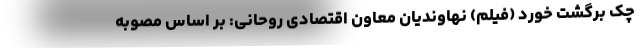
چک برگشت خورد (فیلم) ‌نهاوندیان معاون اقتصادی روحانی: بر اساس مصوبه